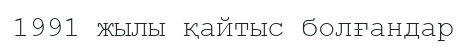
1991 жылы қайтыс болғандар